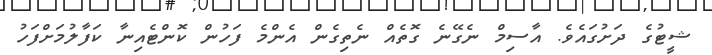
ޝީޓުގެ ދަށުގައެވެ. އާސިމް ނެގޭނެ ގޮތެއް ނެތިގެން އެންމެ ފަހުން ކޮންޓެއިނާ ކަފާލުމަށްފަހު